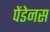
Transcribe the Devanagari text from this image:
पेंडेनस